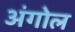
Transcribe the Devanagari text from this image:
अंगोल